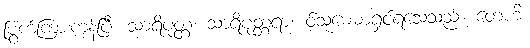
မြွက်ကြားကုန်ပြီ။ သာရိပုတ္တ၊ သာရိပုတ္တရာ။ ဝ်သုမေဓာရှင်ရသေ့သည်။ တေဟိ၊